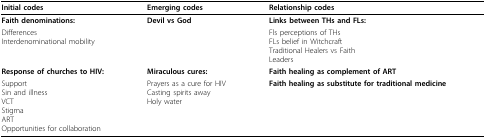
<table><thead><tr><td><b>Initial codes</b></td><td><b>Emerging codes</b></td><td><b>Relationship codes</b></td></tr></thead><tbody><tr><td><b>Faith denominations:</b></td><td><b>Devil vs God</b></td><td><b>Links between THs and FLs:</b></td></tr><tr><td>DifferencesInterdenominational mobility</td><td></td><td>Fls perceptions of THsFLs belief in WitchcraftTraditional Healers vs FaithLeaders</td></tr><tr><td><b>Response of churches to HIV:</b></td><td><b>Miraculous cures:</b></td><td><b>Faith healing as complement of ART</b></td></tr><tr><td>SupportSin and illnessVCTStigmaARTOpportunities for collaboration</td><td>Prayers as a cure for HIVCasting spirits awayHoly water</td><td><b>Faith healing as substitute for traditional medicine</b></td></tr></tbody></table>